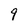
Character: 9